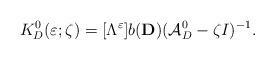
LaTeX: \begin{align*}K_D^0(\varepsilon ;\zeta )=[\Lambda ^\varepsilon]b(\mathbf{D})(\mathcal{A}_D^0-\zeta I)^{-1}.\end{align*}